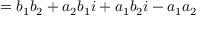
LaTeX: = b _ { 1 } b _ { 2 } + a _ { 2 } b _ { 1 } i + a _ { 1 } b _ { 2 } i - a _ { 1 } a _ { 2 }